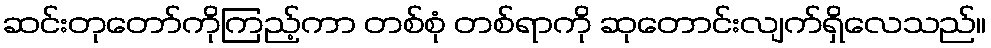
ဆင်းတုတော်ကိုကြည့်ကာ တစ်စုံ တစ်ရာကို ဆုတောင်းလျက်ရှိလေသည်။